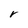
Character: r